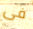
فى